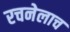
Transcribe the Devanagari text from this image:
रचनेलाच